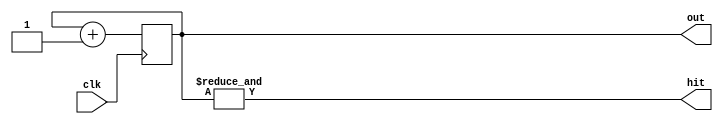
module upcount4hit(clk,out,hit);
   input clk;
   output reg [3:0] out = 4'b0;
   output hit;
   always @(posedge clk) out = out+4'b1;
   assign hit = &(out);
endmodule